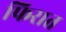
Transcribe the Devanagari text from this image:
फिरात